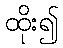
ထိုး၍